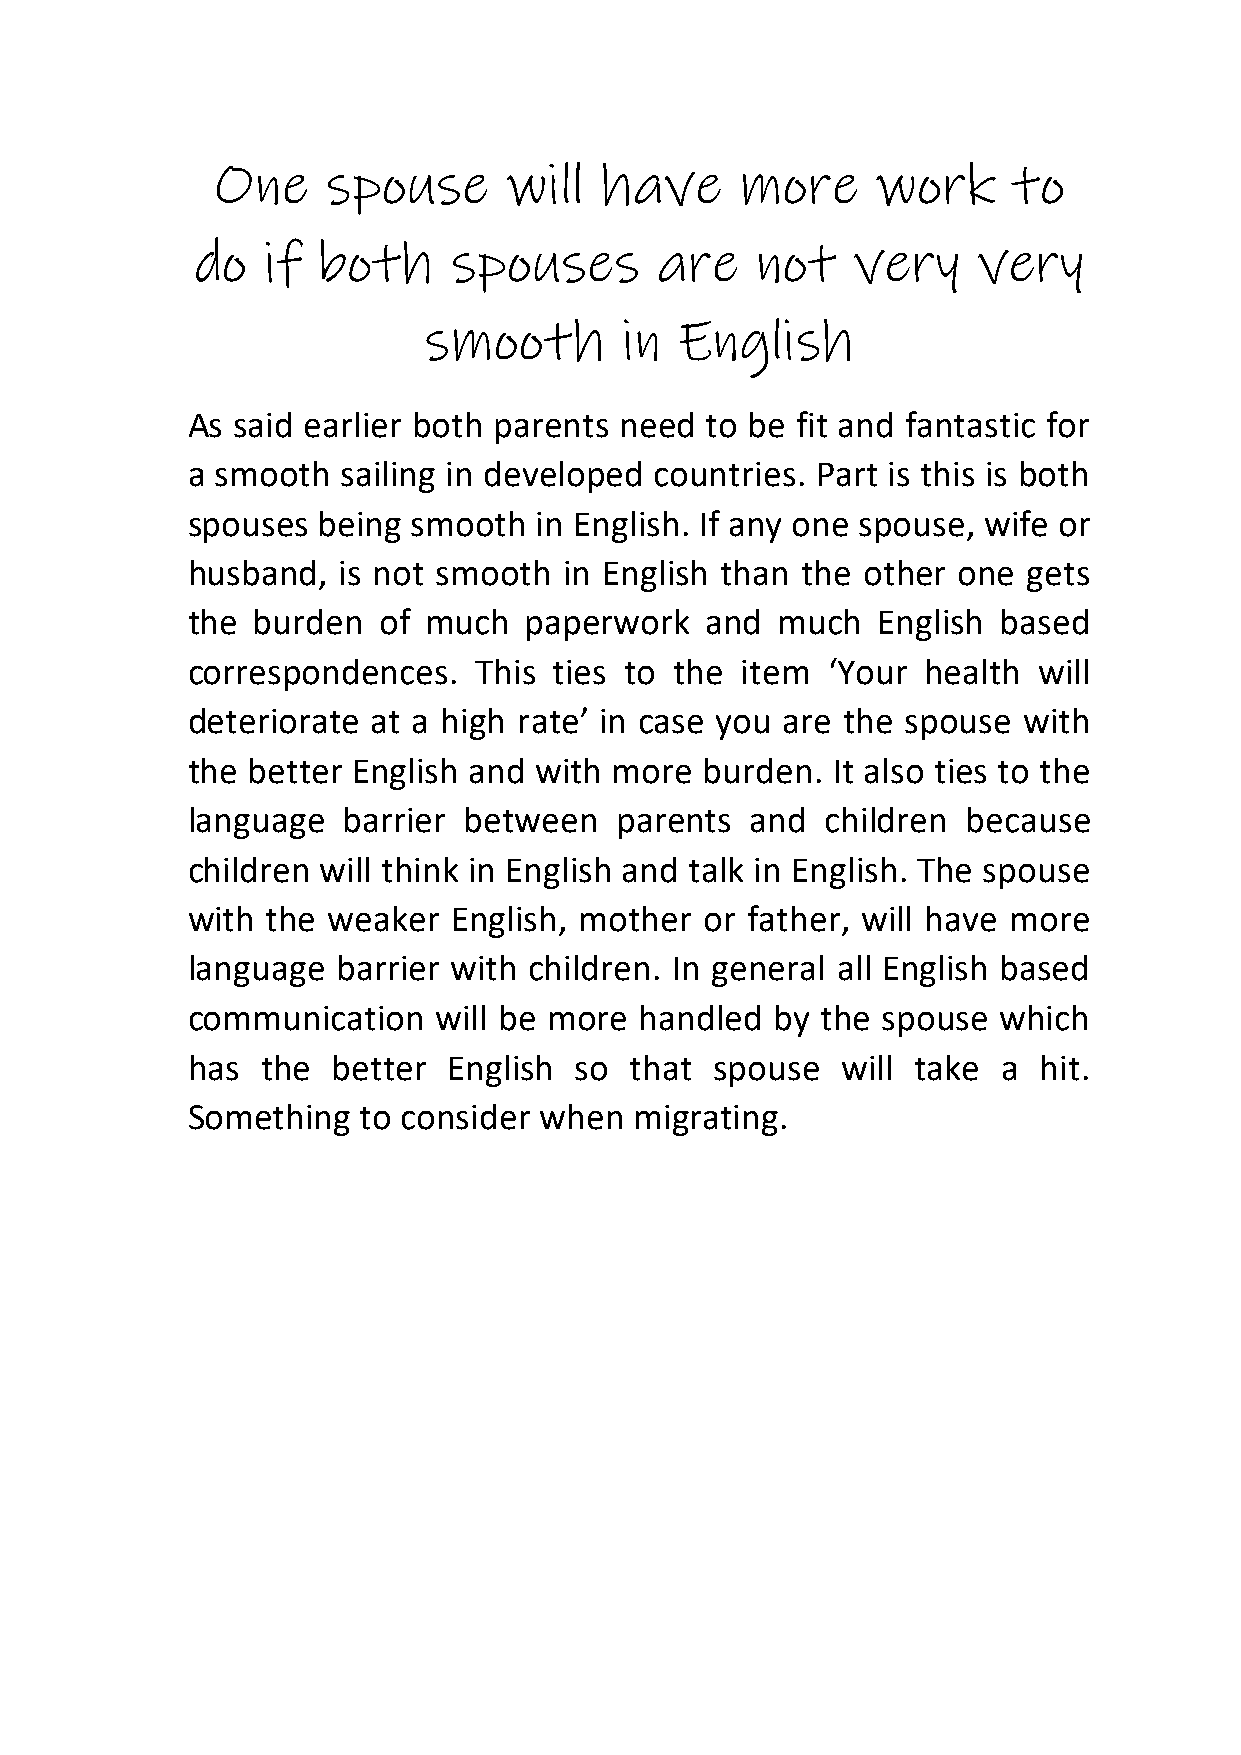
One     spouse     will   have     more     work     to
 do  if  both     spouses      are    not   very     very
 smooth       in  English
 As said earlier both parents need  to be fit and fantastic for
 a smooth   sailing in developed countries. Part is this is both
 spouses  being smooth  in English. If any one spouse, wife or
 husband,  is not smooth  in English than the other one  gets
 the  burden  of much   paperwork   and much   English based
 correspondences.   This  ties to the item  ‘Your health  will
 deteriorate  at a high rate’ in case you are the spouse with
 the better English and with  more  burden. It also ties to the
 language   barrier between   parents  and  children because
 children will think in English and talk in English. The spouse
 with  the weaker  English, mother  or father, will have more
 language  barrier with children. In general all English based
 communication    will be more handled  by the spouse  which
 has  the  better  English so  that spouse   will take a  hit.
 Something   to consider when  migrating.